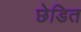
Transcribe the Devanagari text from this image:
छेडित